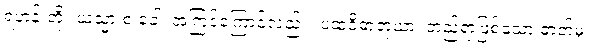
ရဟန်းတို့။ ယသ္မာ စ ခေါ၊ အကြင်ကြောင့်လည်း။ ပထဝိဓာတုယာ၊ တည်ရာဖြစ်သော ဓာတ်မှ။